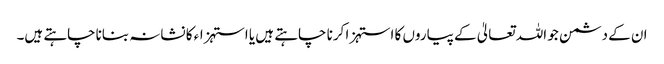
ان کے دشمن جو اللہ تعالیٰ کے پیاروں کا استہزا کرنا چاہتے ہیں یا استہزاء کا نشانہ بناناچاہتے ہیں۔